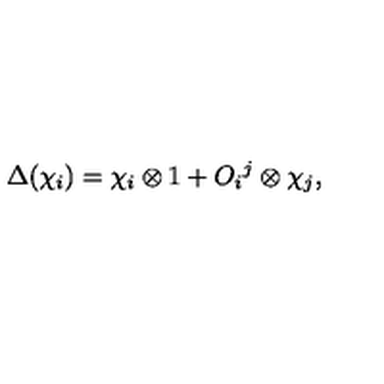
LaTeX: \Delta ( \chi _ { i } ) = \chi _ { i } \otimes 1 + O _ { i } { } ^ { j } \otimes \chi _ { j } ,